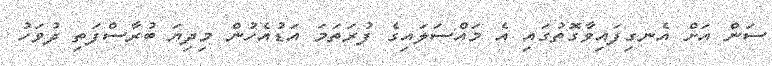
ސަން އަށް އެނގިފައިވާގޮތުގައި އެ މައްސަލައިގެ ފުރަތަމަ އަޑުއެހުން މިދިޔަ ބުރާސްފަތި ދުވަހު